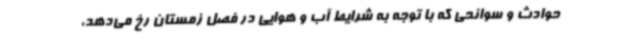
حوادث و سوانحی که با توجه به شرایط آب و هوایی در فصل زمستان رخ می‌دهد،